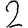
Digit: 2